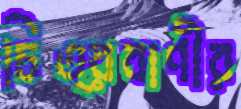
চিত্রবাণীর